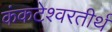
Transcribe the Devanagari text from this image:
कंकटेश्वरतीर्थ